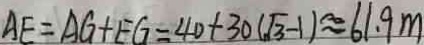
A E = A G + E G = 4 0 + 3 0 ( \sqrt { 3 } - 1 ) \approx 6 1 . 9 m